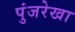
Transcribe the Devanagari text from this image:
पुंजरेखा